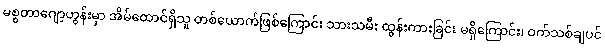
မစ္စတာဂျော့ဟွန်းမှာ အိမ်ထောင်ရှိသူ တစ်ယောက်ဖြစ်ကြောင်း သားသမီး ထွန်းကားခြင်း မရှိကြောင်း၊ ဝက်သစ်ချပင်